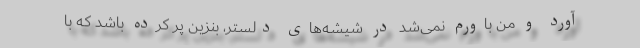
آورد و من باورم نمی‌شد در شیشه‌های دلستر، بنزین پُر کرده باشد که با